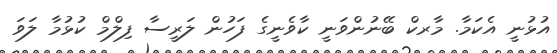
އުޅުނީ އެކަމާ. މާރކް ބޭނުންވަނީ ކާވެނީގެ ފަހުން ލަރީސާ ފިލްމް ކުޅުމާ ލަވަ